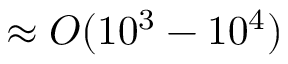
\approx { \cal O } ( 1 0 ^ { 3 } - 1 0 ^ { 4 } )